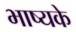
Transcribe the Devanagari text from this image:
भाष्यके